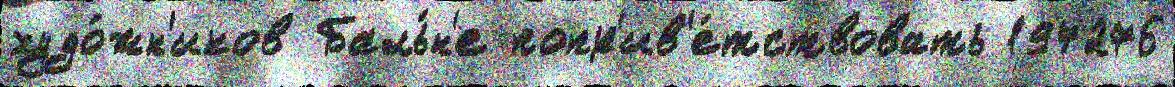
худо́жн'иков Баль́н'е попр'ив'е́тствовать 197276